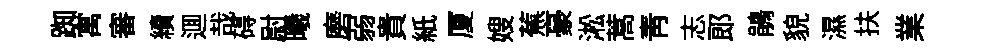
踟寓審續逥哉碍尉曦磨弱貴紙厦嫂蕉豪淞蒿青志郎鵑貌濕扶業